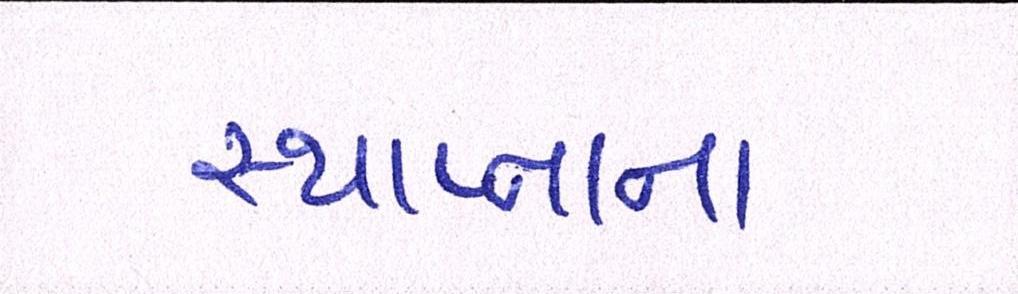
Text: સ્થાપ્નાના